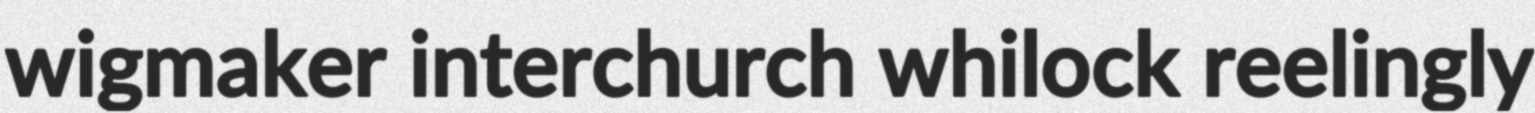
wigmaker interchurch whilock reelingly